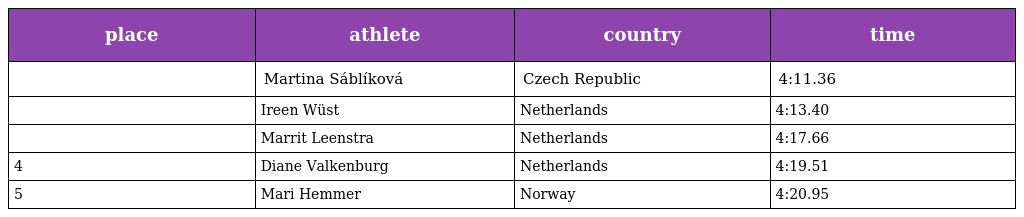
| place | athlete | country | time |
 | --- | --- | --- | --- |
 |  | Martina Sáblíková | Czech Republic | 4:11.36 |
 |  | Ireen Wüst | Netherlands | 4:13.40 |
 |  | Marrit Leenstra | Netherlands | 4:17.66 |
 | 4 | Diane Valkenburg | Netherlands | 4:19.51 |
 | 5 | Mari Hemmer | Norway | 4:20.95 |